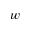
w